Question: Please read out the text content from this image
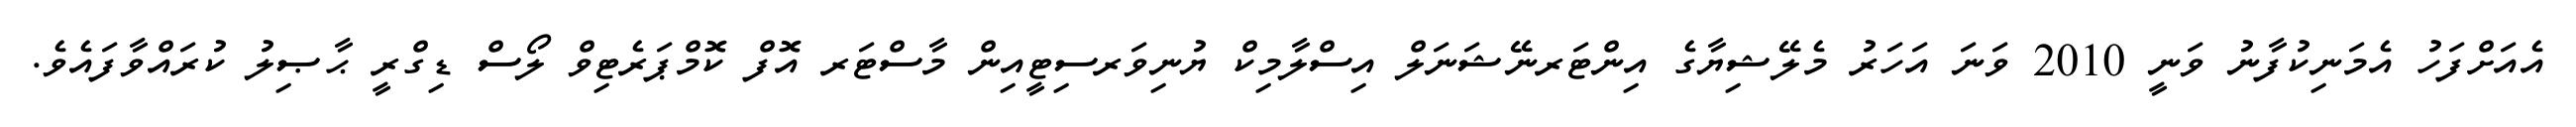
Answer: އެއަށްފަހު އެމަނިކުފާނު ވަނީ 2010 ވަނަ އަހަރު މެލޭޝިޔާގެ އިންޓަރނޭޝަނަލް އިސްލާމިކް ޔުނިވަރސިޓީއިން މާސްޓަރ އޮފް ކޮމްޕަރެޓިވް ލޯސް ޑިގްރީ ޙާޞިލު ކުރައްވާފައެވެ.